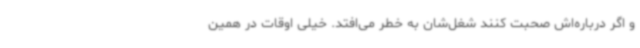
و اگر درباره‌اش صحبت کنند شغل‌شان به خطر می‌افتد. خیلی اوقات در همین